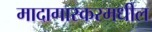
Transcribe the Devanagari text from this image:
मादागास्करमधील